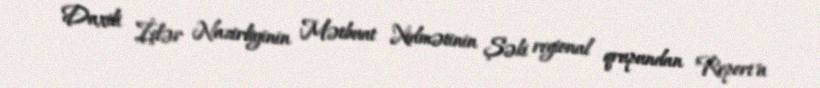
Daxili İşlər Nazirliyinin Mətbuat Xidmətinin Şəki regional qrupundan "Report"a